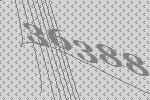
36388